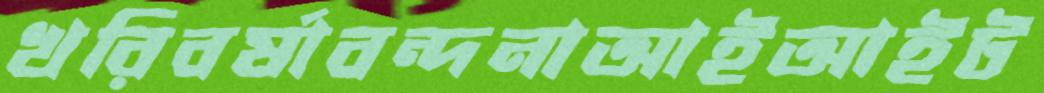
খরিবর্ষাবন্দনাআইআইট